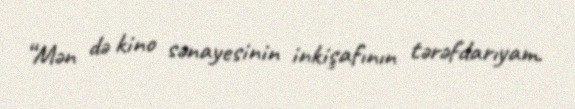
“Mən də kino sənayesinin inkişafının tərəfdarıyam.